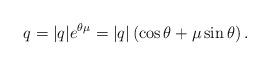
LaTeX: \begin{align*} q = |q| e^{\theta\mu} = |q|\left(\cos\theta + \mu\sin\theta\right) .\end{align*}